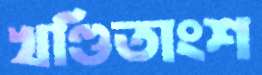
খণ্ডিতাংশ